Civil Veterinary Department. Madras. Admin. report 1926-33 - 1926-1933
Year: 1926
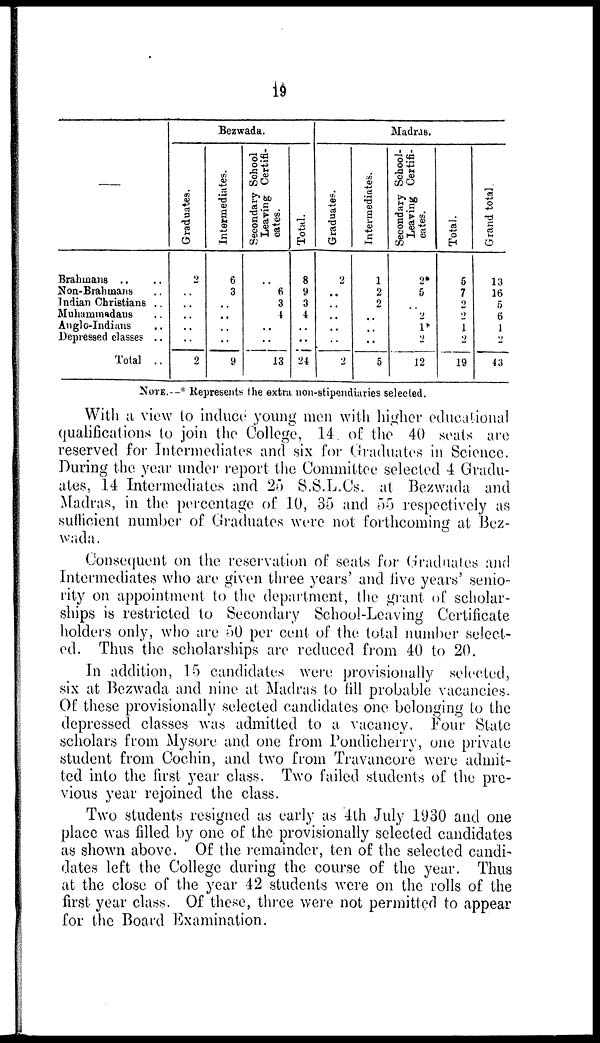
19
—
Brahmans .. ..
Non-Brahmans ..
Indian Christians ..
Muhammadans ..
Anglo-Indians
..
Depressed classes ..
Total ..
Bezwada.
Graduates.
2
..
..
..
..
..
2
Intermediates.
6
3
..
..
..
..
9
Secondary School
Leaving Certifi-
cates.
..
6
3
4
..
..
13
Total.
8
9
3
4
..
..
24
Madras.
Graduates.
2
..
..
..
..
..
2
Intermediates.
1
2
2
..
..
..
5
Secondary Sohool¬
Leaving Certifi-
cates.
2*
5
..
2
1*
2
12
Total.
5
7
2
2
1
2
19
Grand total.
13
16
5
6
1
2
43
NOTE.—* Represents the extra non-stipendiaries selected.
With a view to induce young men with higher educational
qualifications to join the College, 14. of the 40 seats are
reserved for Intermediates and six for Graduates in Science.
During the year under report the Committee selected 4 Gradu-
ates, 14 Intermediates and 25 S.S.L.Cs. at Bezwada and
Madras, in the percentage of 10, 35 and 55 respectively as
sufficient number of Graduates were not forthcoming at Bez-
wada.
Consequent on the reservation of seats for Graduates and
Intermediates who are given three years' and five years' senio-
rity on appointment to the department, the grant of scholar-
ships is restricted to Secondary School-Leaving Certificate
holders only, who are 50 per cent of the total number select-
ed. Thus the scholarships are reduced from 40 to 20.
In addition, 15 candidates were provisionally selected,
six at Bezwada and nine at Madras to fill probable vacancies.
Of these provisionally selected candidates one belonging to the
depressed classes was admitted to a vacancy. Four State
scholars from Mysore and one from Pondicherry, one private
student from Cochin, and two from Travancore were admit-
ted into the first year class. Two failed students of the pre-
vious year rejoined the class.
Two students resigned as early as 4th July 1930 and one
place was filled by one of the provisionally selected candidates
as shown above. Of the remainder, ten of the selected candi-
dates left the College during the course of the year. Thus
at the close of the year 42 students were on the rolls of the
first year class. Of these, three were not permitted to appear
for the Board Examination.